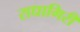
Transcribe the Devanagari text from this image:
राधागिरी